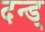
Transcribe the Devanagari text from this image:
दन्ड्